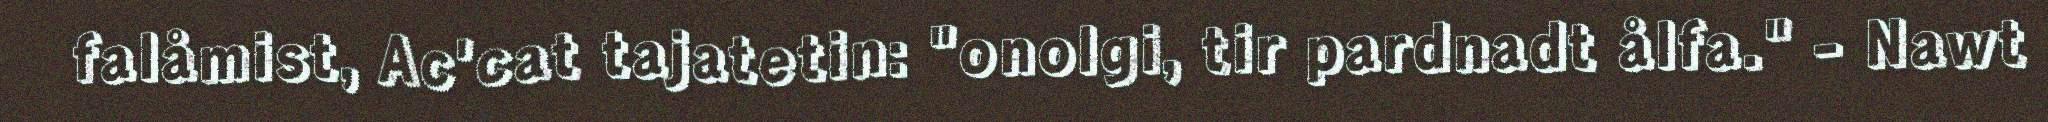
falåmist, Ac'cat tajatetin: "onolgi, tir pardnadt ålfa." - Nawt